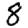
Digit: 8